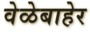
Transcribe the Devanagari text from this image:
वेळेबाहेर